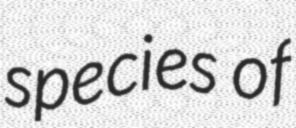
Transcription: species of